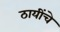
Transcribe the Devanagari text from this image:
ठायींचे